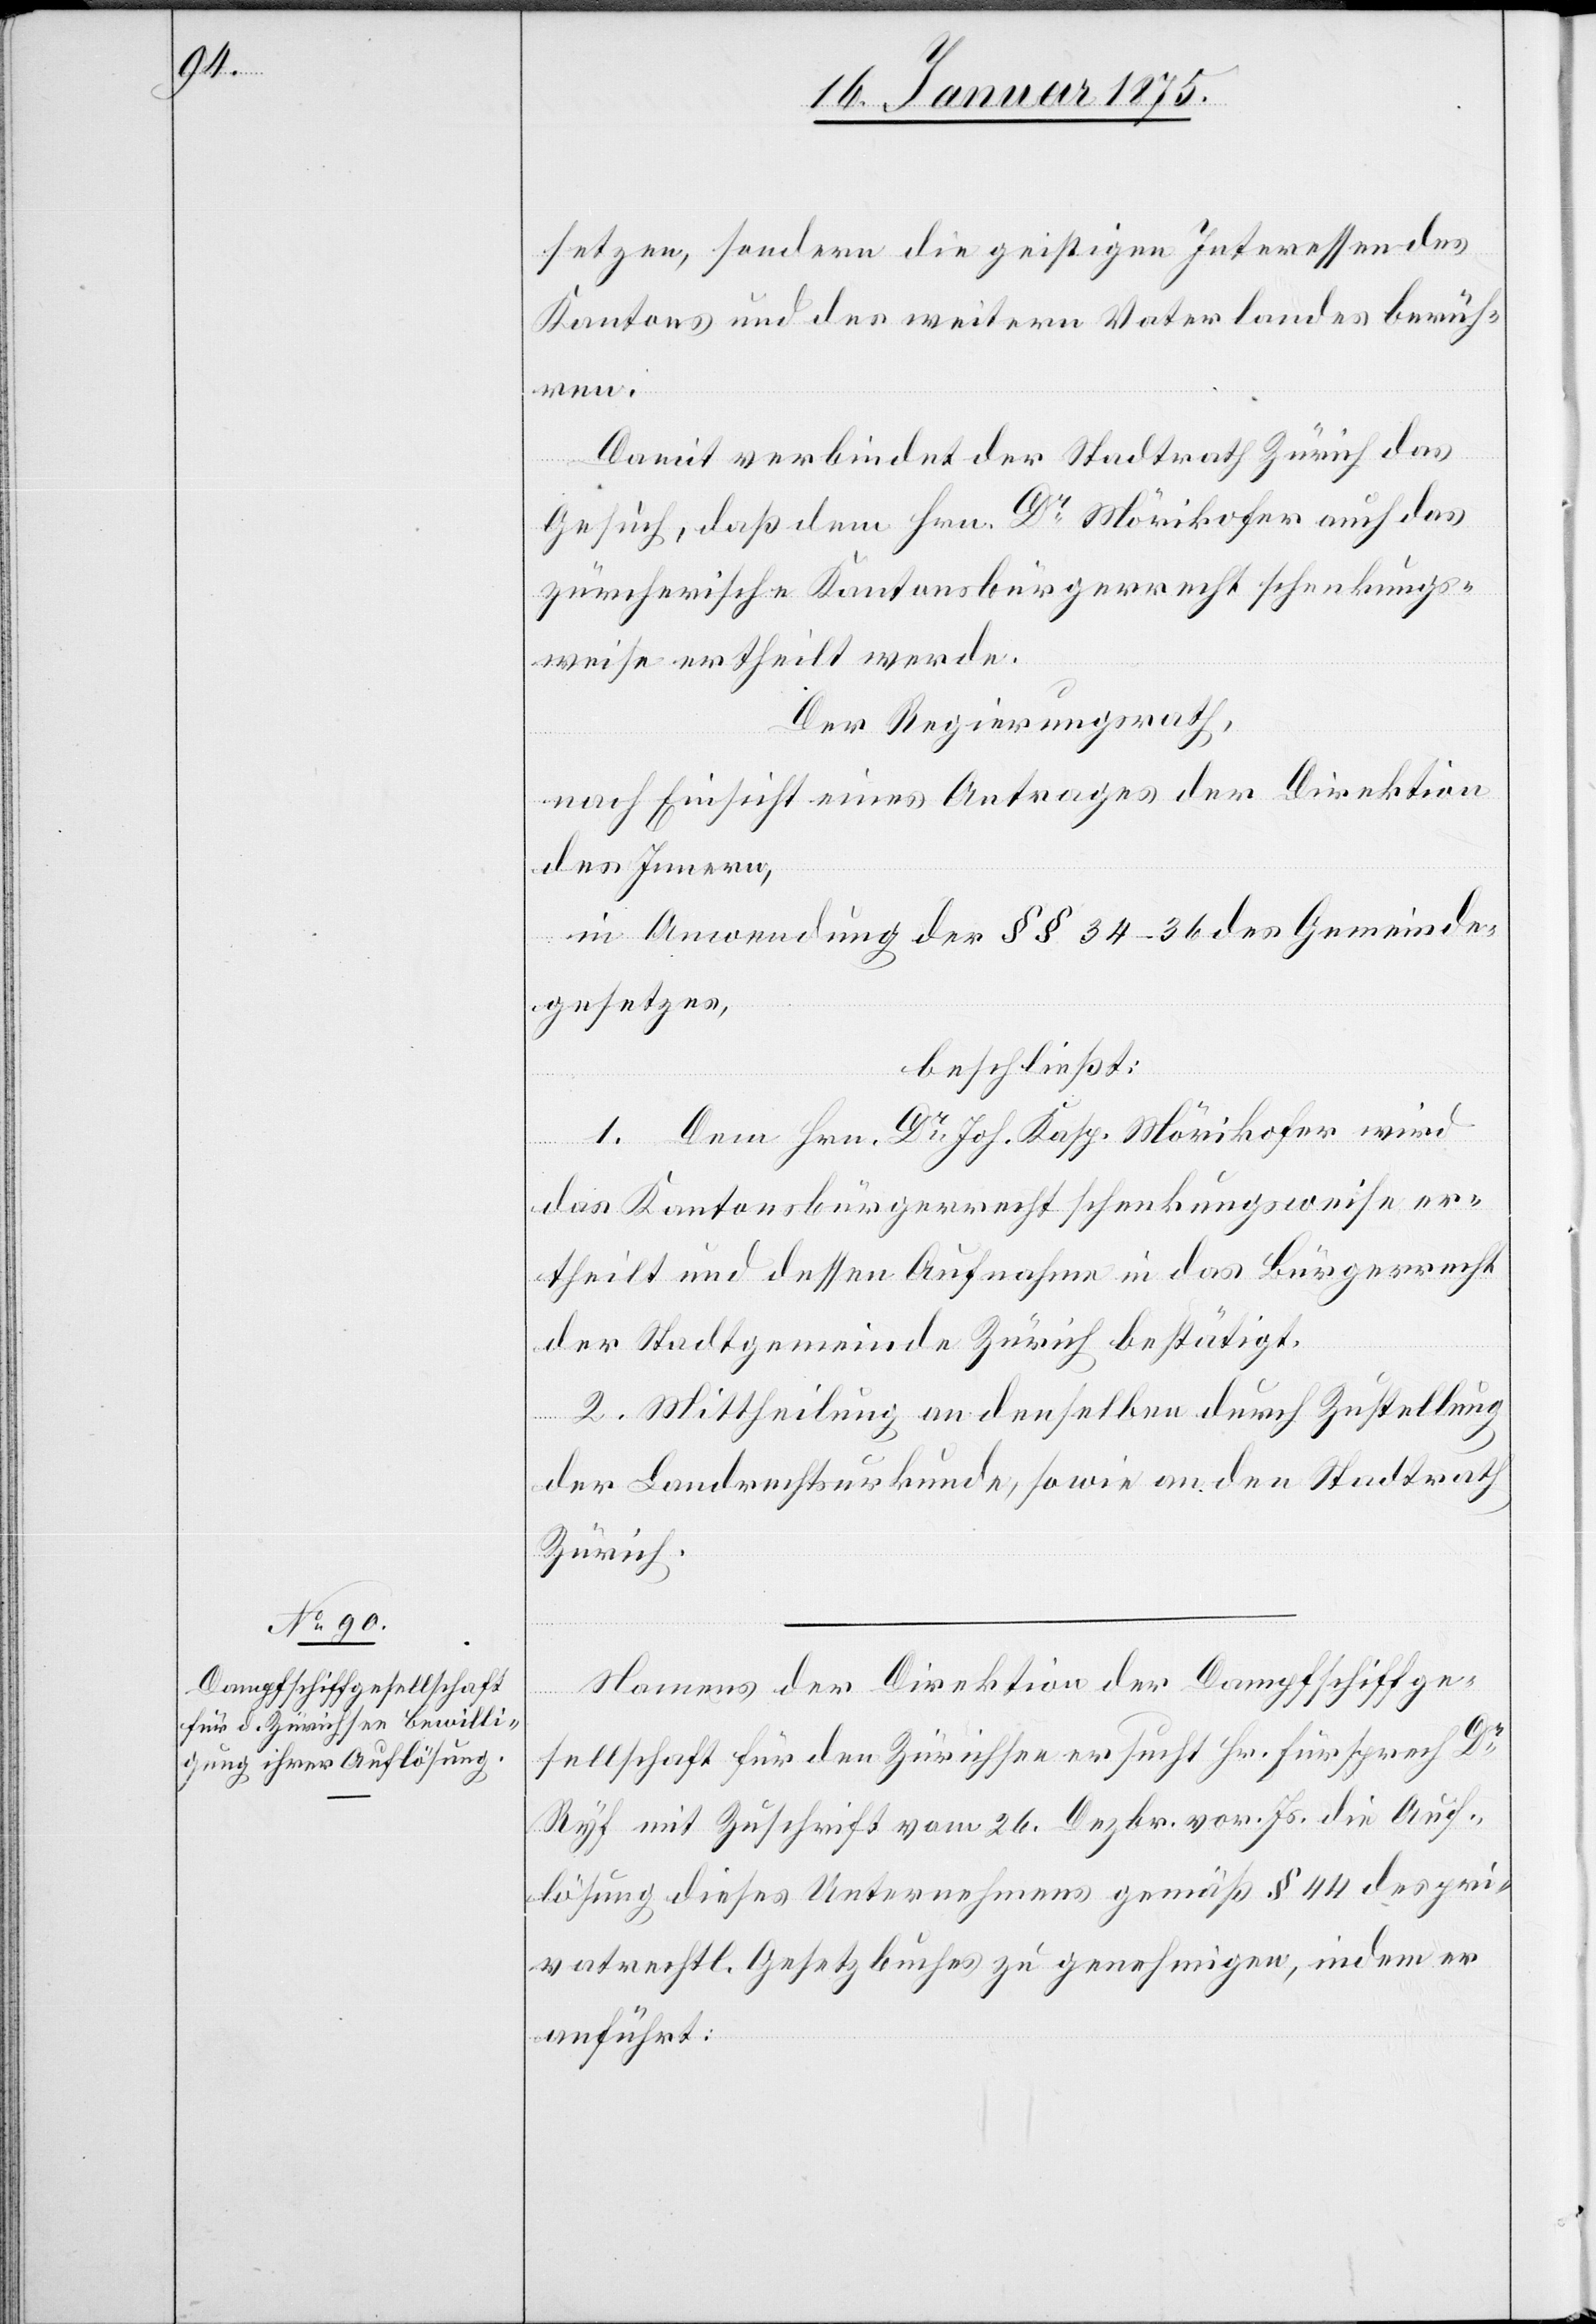
setzen, sondern die geistigen Interessen des
Kantons und des weitern Vaterlandes berüh¬
ren.
Damit verbindet der Stadtrath Zürich das
Gesuch, daß dem Hrn. Dr Mörikhofer auch das
zürcherische Kantonsbürgerrecht schenkungs¬
weise ertheilt werde.
Der Regierungsrath,
nach Einsicht eines Antrages der Direktion
des Innern,
in Anwendung der §§ 34–36 des Gemeinde¬
gesetzes,
beschließt:
1. Dem Hrn. Dr Joh. Kasp. Mörikhofer wird
das Kantonsbürgerrecht schenkungsweise er¬
theilt und dessen Aufnahme in das Bürgerrecht
der Stadtgemeinde Zürich bestätigt.
2. Mittheilung an denselben durch Zustellung
der Landrechtsurkunde, sowie an den Stadtrath
Zürich.
Namens der Direktion der Dampfschiffge¬
sellschaft für den Zürichsee sucht Hr. Fürsprech Dr
Ryf mit Zuschrift vom 26. Dezbr. vor. Js. die Auf¬
lösung dieses Unternehmens gemäß § 44 des pri¬
vatrechtl. Gesetzbuches zu genehmigen, indem er
anführt: